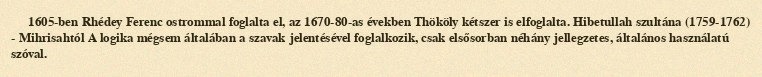
1605-ben Rhédey Ferenc ostrommal foglalta el, az 1670-80-as években Thököly kétszer is elfoglalta. Hibetullah szultána (1759-1762) - Mihrisahtól A logika mégsem általában a szavak jelentésével foglalkozik, csak elsősorban néhány jellegzetes, általános használatú szóval.